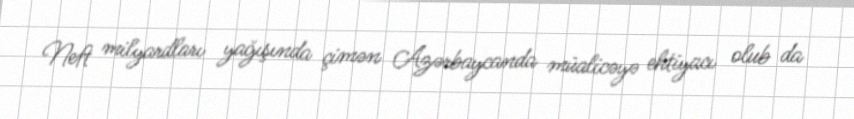
Neft milyardları yağışında çimən Azərbaycanda müalicəyə ehtiyacı olub da